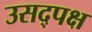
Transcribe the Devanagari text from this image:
उसद्पक्ष